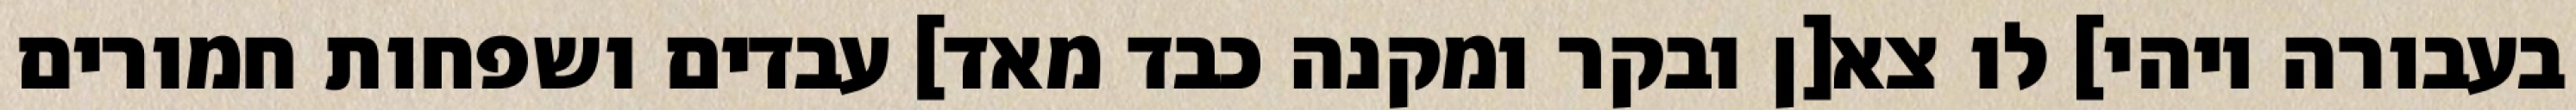
בעבורה ויהי] לו צא[ן ובקר ומקנה כבד מאד] עבדים ושפחות חמורים